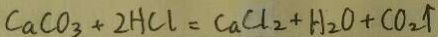
C a C O _ { 3 } + 2 H C l = C a C l _ { 2 } + H _ { 2 } O + C O _ { 2 } \uparrow